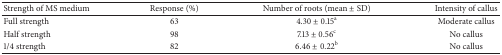
<table><thead><tr><td><b>Strength of MS medium</b></td><td><b>Response (%)</b></td><td><b>Number of roots (mean ± SD)</b></td><td><b>Intensity of callus</b></td></tr></thead><tbody><tr><td>Full strength</td><td>63</td><td>4.30 ± 0.15<sup>a</sup></td><td>Moderate callus</td></tr><tr><td>Half strength</td><td>98</td><td>7.13 ± 0.56<sup>c</sup></td><td>No callus</td></tr><tr><td>1/4 strength</td><td>82</td><td>6.46 ± 0.22<sup>b</sup></td><td>No callus</td></tr></tbody></table>